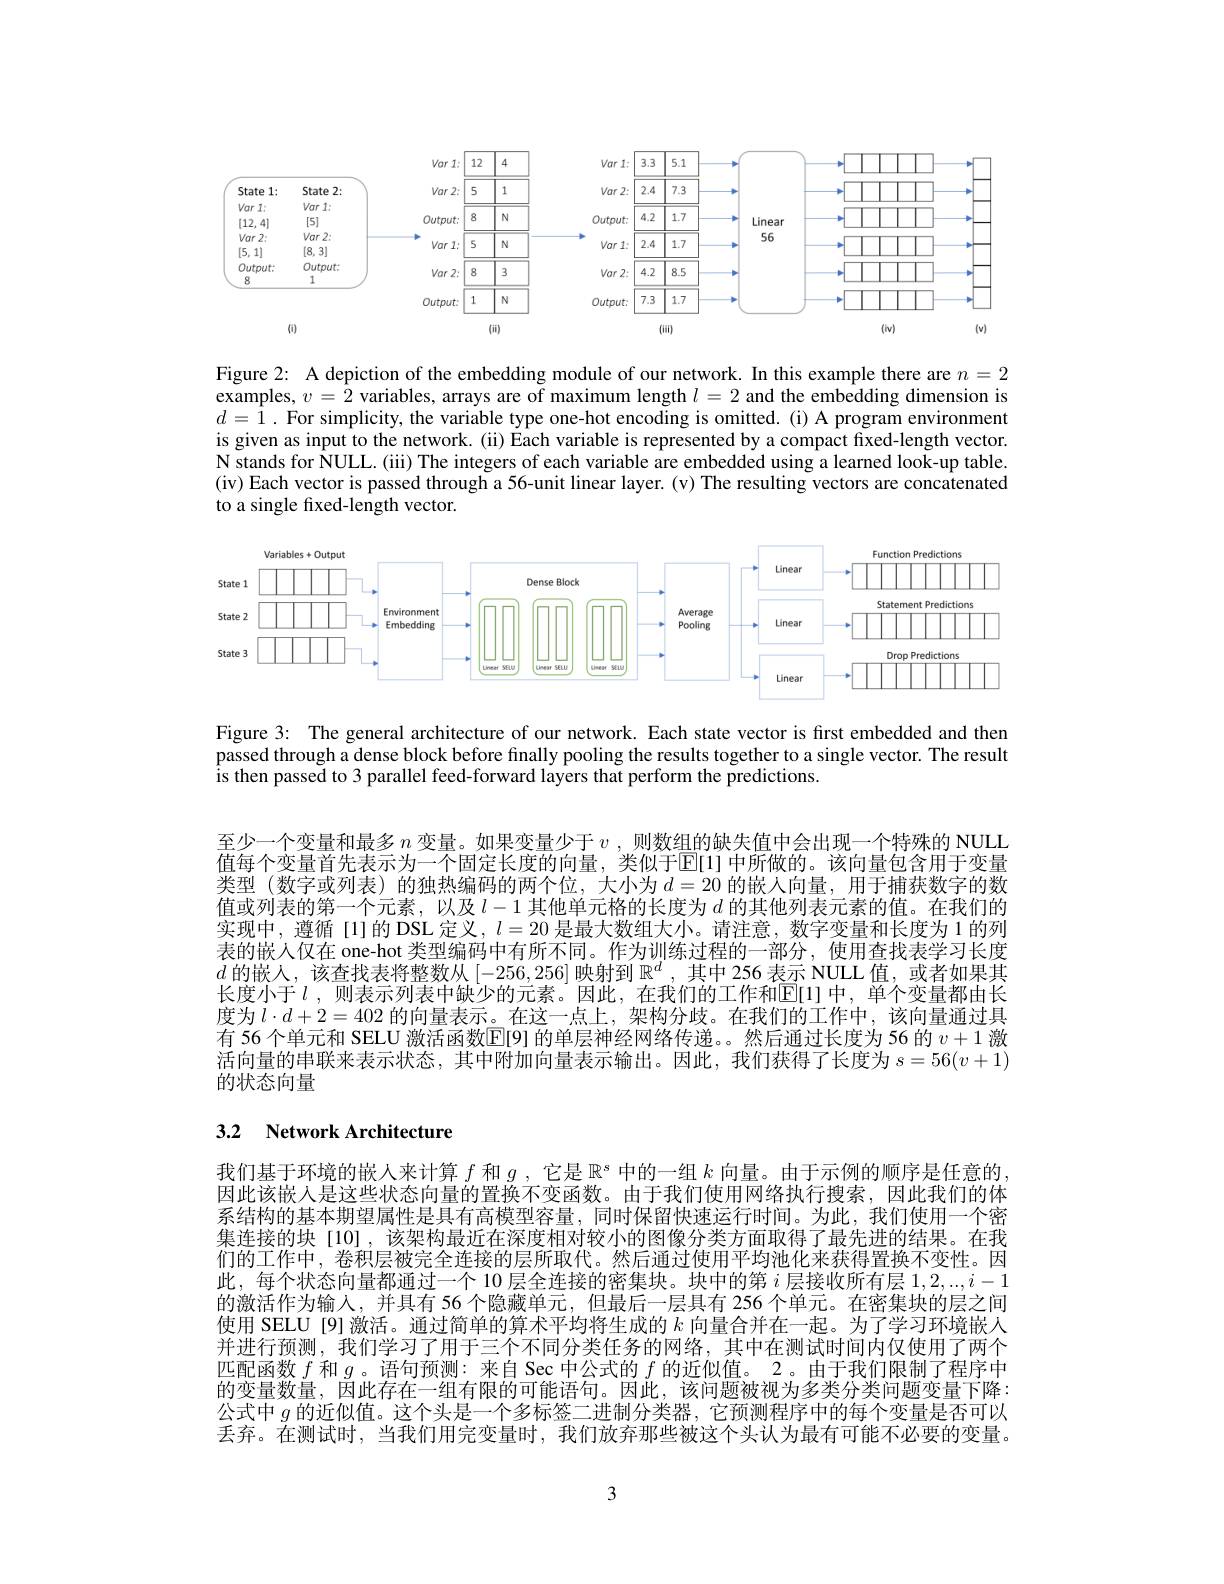
<FigureHere>

Figure 2: A depiction of the embedding module of our network. In this example there are $n=2$ examples, $v=2$ variables, arrays are of maximum length $l=2$ and the embedding dimension is $d=\hat{1}.$ For simplicity, the variable type one-hot encoding is omitted. (i) A program environment is given as input to the network. (ii) Each variable is represented by a compact fixed-length vector. N stands for NULL. (iii) The integers of each variable are embedded using a learned look-up table. (iv) Each vector is passed through a 56-unit linear layer. (v) The resulting vectors are concatenated to a single fixed-length vector.

<FigureHere>

Figure 3: The general architecture of our network. Each state vector is first embedded and then passed through a dense block before finally pooling the results together to a single vector. The result is then passed to 3 parallel feed-forward layers that perform the predictions.

至少一个变量和最多$n$变量。如果变量少于$v$ ,则数组的缺失值中会出现一个特殊的 NULL 值每个变量首先表示为一个固定长度的向量，类似于$\overline{\mathrm{E}}[1]$ 中所做的。该向量包含用于变量类型(数字或列表)的独热编码的两个位，大小为$d=20$的嵌人向量，用于捕获数字的数值或列表的第一个元素，以及$l-1$其他单元格的长度为$d$的其他列表元素的值。在我们的实现中，遵循[1]的DSL 定义，$l=20$是最大数组大小。请注意，数字变量和长度为 1 的列表的嵌人仅在 one-hot 类型编码中有所不同。作为训练过程的一部分，使用查找表学习长度$d$的嵌人，该查找表将整数从[-256,256]映射到$\mathbb{R}^d$,其中 256 表示 NULL 值，或者如果其长度小于$l$ ,则表示列表中缺少的元素。因此，在我们的工作和$\overline{\mathrm{E}}[1]$ 中，单个变量都由长度为$l\cdot d+2=402$的向量表示。在这一点上，架构分歧。在我们的工作中，该向量通过具有 56 个单元和 SELU 激活函数$\boxed{\mathrm{F}}$[9] 的单层神经网络传递。。然后通过长度为 56 的 $v+1$ 激活向量的串联来表示状态，其中附加向量表示输出。因此，我们获得了长度为$s=56(v+1)$ 的状态向量

# 3.2 Network Architecture

我们基于环境的嵌人来计算$f$和$g$ ,它是$\mathbb{R}^s$中的一组$k$向量。由于示例的顺序是任意的因此该嵌人是这些状态向量的置换不变函数。由于我们使用网络执行搜索，因此我们的体系结构的基本期望属性是具有高模型容量，同时保留快速运行时间。为此，我们使用一个密集连接的块[10],该架构最近在深度相对较小的图像分类方面取得了最先进的结果。在我们的工作中，卷积层被完全连接的层所取代。然后通过使用平均池化来获得置换不变性。因此，每个状态向量都通过一个 10 层全连接的密集块。块中的第$i$层接收所有层$1,2,..,i-1$ 的激活作为输入，并具有 56 个隐藏单元，但最后一层具有 256 个单元。在密集块的层之间使用 SELU [9] 激活。通过简单的算术平均将生成的$k$向量合并在一起。为了学习环境嵌人并进行预测，我们学习了用于三个不同分类任务的网络，其中在测试时间内仅使用了两个匹配函数$f$和$g$ 。语句预测：来自 Sec 中公式的$f$的近似值。2。由于我们限制了程序中的变量数量，因此存在一组有限的可能语句。因此，该问题被视为多类分类问题变量下降： 公式中$g$的近似值。这个头是一个多标签二进制分类器，它预测程序中的每个变量是否可以丢弃。在测试时，当我们用完变量时，我们放弃那些被这个头认为最有可能不必要的变量。

3